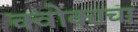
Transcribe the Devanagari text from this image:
क्वोकाचा